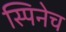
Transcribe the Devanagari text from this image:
स्पिनेच